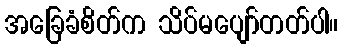
အခြေခံစိတ်က သိပ်မပျော်တတ်ပါ။